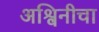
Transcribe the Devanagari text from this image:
अश्विनीचा